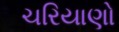
ચરિયાણો